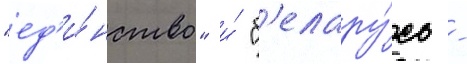
"ед'и́нство" и́ "б'елару́сь -